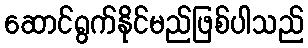
ဆောင်ရွက်နိုင်မည်ဖြစ်ပါသည်